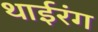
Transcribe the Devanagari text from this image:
थाईरंग